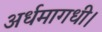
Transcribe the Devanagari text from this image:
अर्धमागधी।